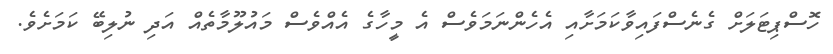
ހޮސްޕިޓަލަށް ގެނެސްފައިވާކަމަށާއި އެހެންނަމަވެސް އެ މީހާގެ އެއްވެސް މައުލޫމާތެއް އަދި ނުލިބޭ ކަމަށެވެ.